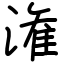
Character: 潅